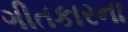
ગીતકારના